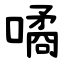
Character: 噊